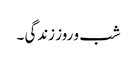
شب و روز زندگی ۔